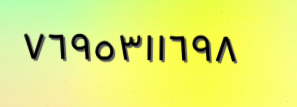
٧٦٩٥٣١١٦٩٨